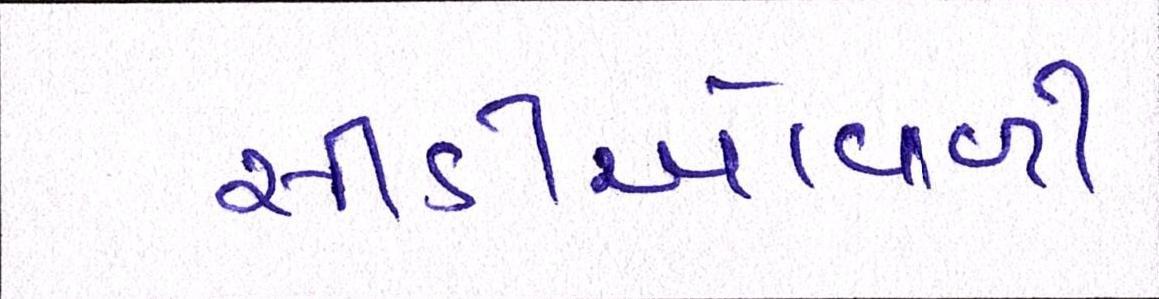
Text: સીડીઓવાળી